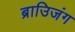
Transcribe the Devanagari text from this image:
ब्राउिजंग